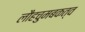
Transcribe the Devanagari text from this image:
लौहचुमबकत्व